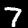
Digit: 7